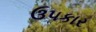
ઉ૫કાર